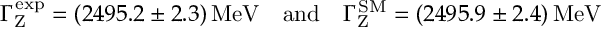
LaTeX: \Gamma _ { \mathrm { Z } } ^ { \mathrm { e x p } } = ( 2 4 9 5 . 2 \pm 2 . 3 ) \, \mathrm { M e V } \ \ \ \mathrm { a n d } \ \ \ \Gamma _ { \mathrm { Z } } ^ { \mathrm { S M } } = ( 2 4 9 5 . 9 \pm 2 . 4 ) \, \mathrm { M e V }